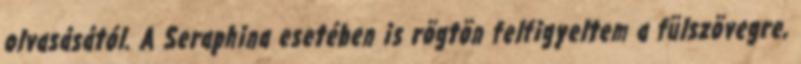
olvasásától. A Seraphina esetében is rögtön felfigyeltem a fülszövegre,